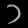
Digit: ၁